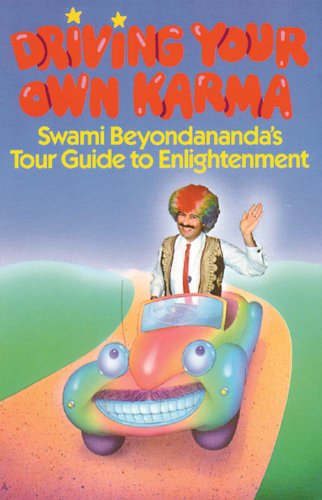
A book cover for Driving Your Own Karma: Swami Beyondananda's Tour Guide to Enlightenment; Swami Beyondananda; Religion & Spirituality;